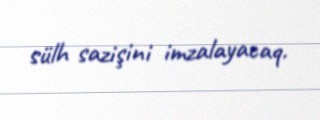
sülh sazişini imzalayacaq.